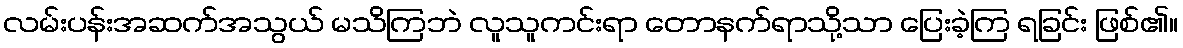
လမ်းပန်းအဆက်အသွယ် မသိကြဘဲ လူသူကင်းရာ တောနက်ရာသို့သာ ပြေးခဲ့ကြ ရခြင်း ဖြစ်၏။